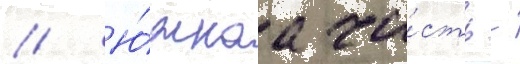
// Ю́жнаа ча́сть -